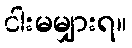
ငါးမမျှားရ။